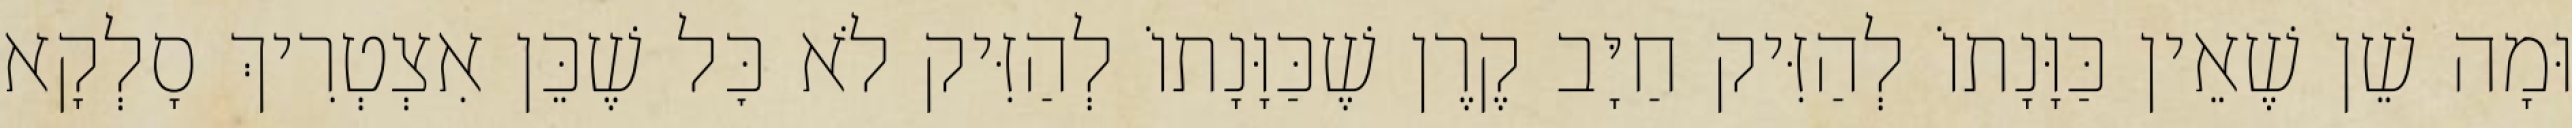
וּמָה שֵׁן שֶׁאֵין כַּוָּנָתוֹ לְהַזִּיק חַיָּב קֶרֶן שֶׁכַּוָּנָתוֹ לְהַזִּיק לֹא כׇּל שֶׁכֵּן אִצְטְרִיךְ סָלְקָא